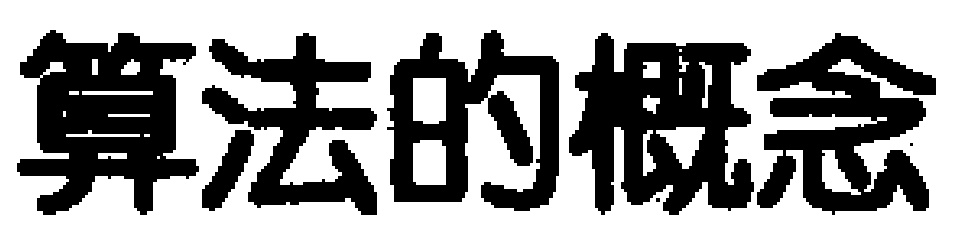
算法的概念